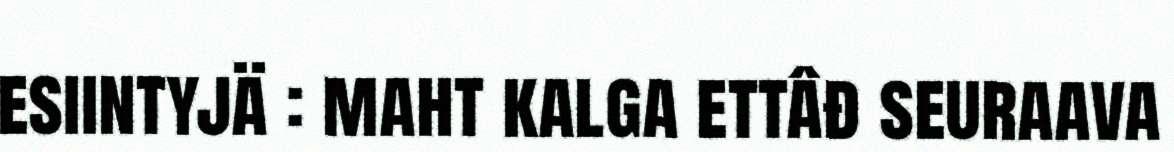
esiintyjä : maht kalga ettâđ seuraava